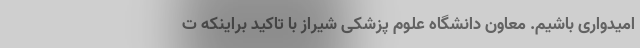
امیدواری باشیم. معاون دانشگاه علوم پزشکی شیراز با تاکید براینکه ت